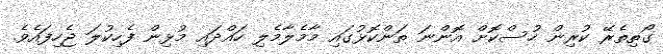
ގޯތިތެރޭ ކުރިން ހުސްކޮށް އޮންނަ ތަންކޮޅުގައި މާމެލާމެލި ހައްދައި މުޅިން ފެހިކުލަ ޖެހިފައެވެ.